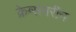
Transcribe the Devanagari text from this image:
क्रेग्समरीन